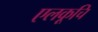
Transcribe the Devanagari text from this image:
एलकूचि